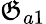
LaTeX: \mathfrak{G}_{a1}